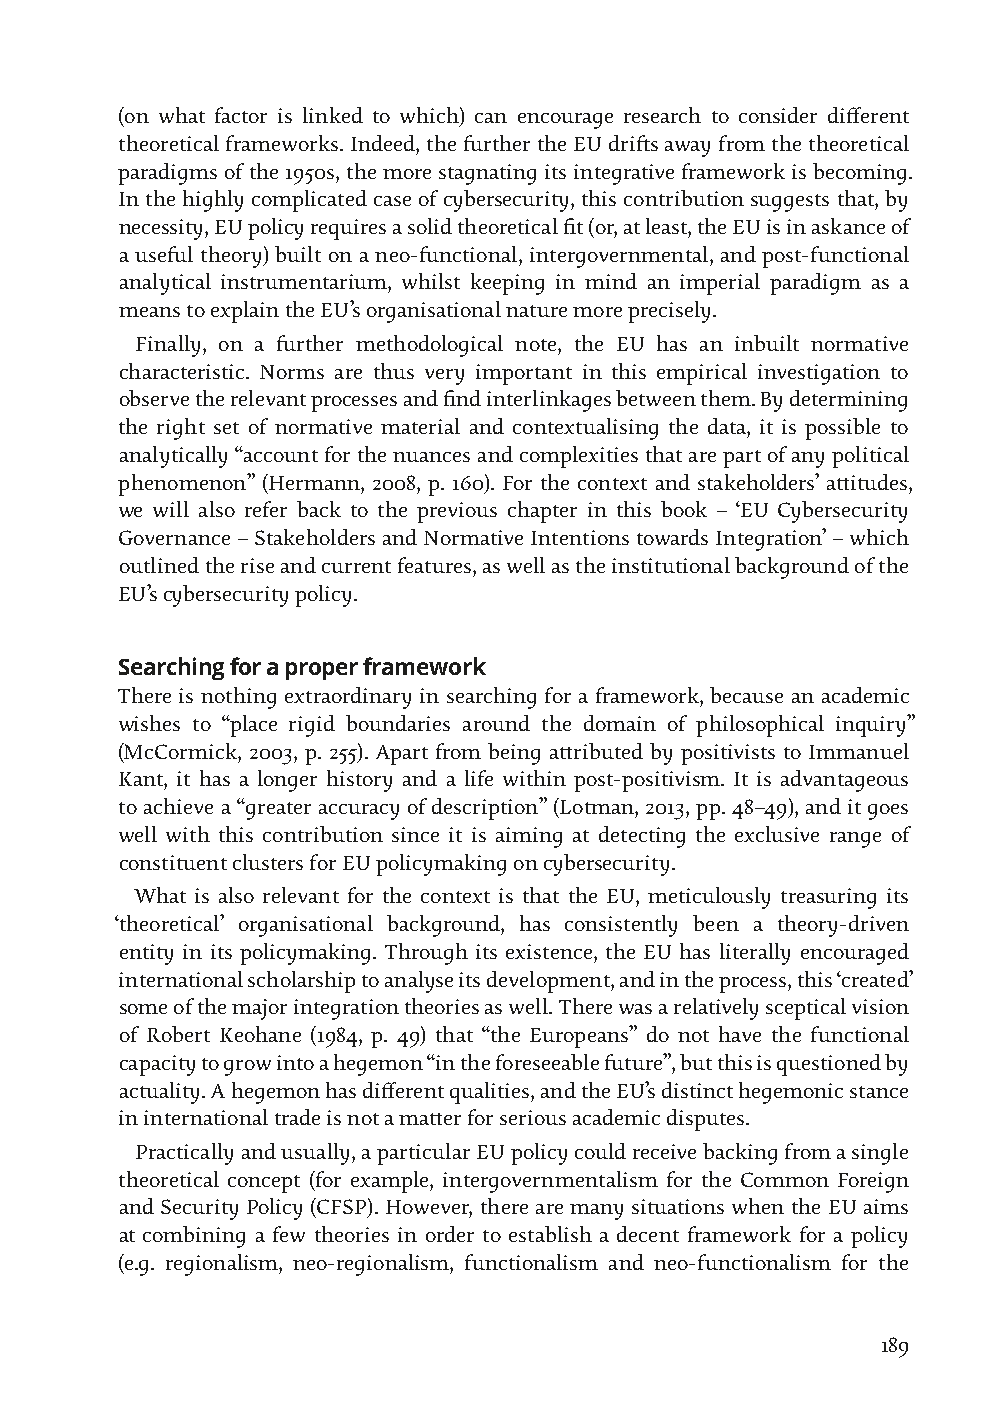
(on what factor is linked to which) can encourage research to consider different
 theoretical frameworks. Indeed, the further the EU drifts away from the theoretical
 paradigms of the 1950s, the more stagnating its integrative framework is becoming.
 In the highly complicated case of cybersecurity, this contribution suggests that, by
 necessity, EU policy requires a solid theoretical fit (or, at least, the EU is in askance of
 a useful theory) built on a neo-functional, intergovernmental, and post-functional
 analytical instrumentarium, whilst keeping in mind an imperial paradigm as a
 means to explain the EU’s organisational nature more precisely.
 Finally, on a further methodological note, the EU has an inbuilt normative
 characteristic. Norms are thus very important in this empirical investigation to
 observe the relevant processes and find interlinkages between them. By determining
 the right set of normative material and contextualising the data, it is possible to
 analytically “account for the nuances and complexities that are part of any political
 phenomenon” (Hermann, 2008, p. 160). For the context and stakeholders’ attitudes,
 we will also refer back to the previous chapter in this book – ‘EU Cybersecurity
 Governance – Stakeholders and Normative Intentions towards Integration’ – which
 outlined the rise and current features, as well as the institutional background of the
 EU’s cybersecurity policy.
 Searching for a proper framework
 There is nothing extraordinary in searching for a framework, because an academic
 wishes to “place rigid boundaries around the domain of philosophical inquiry”
 (McCormick, 2003, p. 255). Apart from being attributed by positivists to Immanuel
 Kant, it has a longer history and a life within post-positivism. It is advantageous
 to achieve a “greater accuracy of description” (Lotman, 2013, pp. 48–49), and it goes
 well with this contribution since it is aiming at detecting the exclusive range of
 constituent clusters for EU policymaking on cybersecurity.
 What is also relevant for the context is that the EU, meticulously treasuring its
 ‘theoretical’ organisational background, has consistently been a theory-driven
 entity in its policymaking. Through its existence, the EU has literally encouraged
 international scholarship to analyse its development, and in the process, this ‘created’
 some of the major integration theories as well. There was a relatively sceptical vision
 of Robert Keohane (1984, p. 49) that “the Europeans” do not have the functional
 capacity to grow into a hegemon “in the foreseeable future”, but this is questioned by
 actuality. A hegemon has different qualities, and the EU’s distinct hegemonic stance
 in international trade is not a matter for serious academic disputes.
 Practically and usually, a particular EU policy could receive backing from a single
 theoretical concept (for example, intergovernmentalism for the Common Foreign
 and Security Policy (CFSP). However, there are many situations when the EU aims
 at combining a few theories in order to establish a decent framework for a policy
 (e.g. regionalism, neo-regionalism, functionalism and neo-functionalism for the
 189